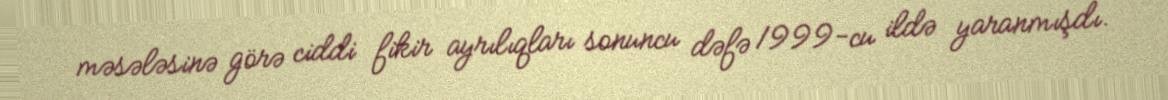
məsələsinə görə ciddi fikir ayrılıqları sonuncu dəfə 1999-cu ildə yaranmışdı.